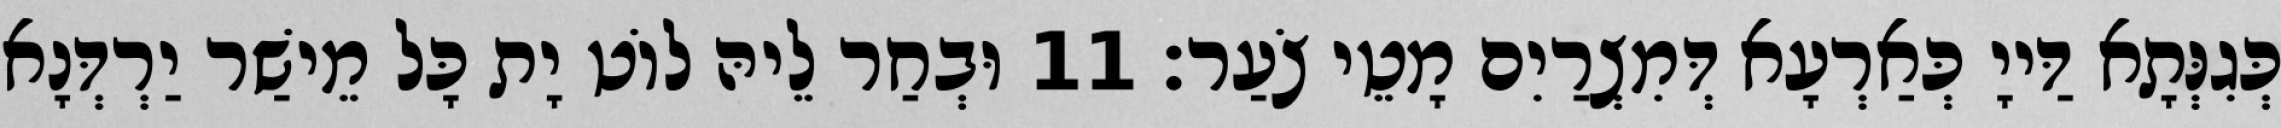
כְּגִנְּתָא דַּייָ כְּאַרְעָא דְּמִצְרַיִם מָטֵי צֹעַר׃ 11 וּבְחַר לֵיהּ לוֹט יָת כָּל מֵישַׁר יַרְדְּנָא